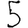
Digit: 5